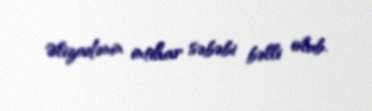
Əlizadənin intihar səbəbi bəlli olub.